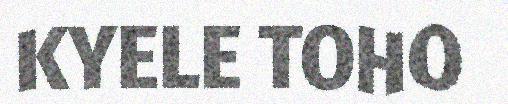
KYELE TOHO